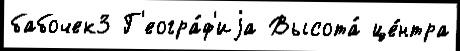
бабочек3 Г'еогра́ф'иjа Высота́ це́нтра